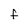
Character: F